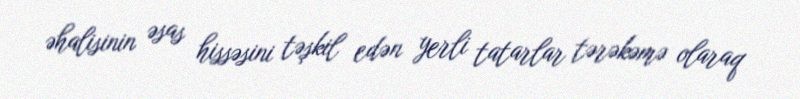
əhalisinin əsas hissəsini təşkil edən yerli tatarlar tərəkəmə olaraq